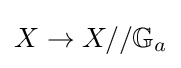
X\to X//\mathbb {G} _{a}